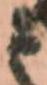
と